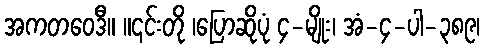
အကတဝေဒီ။ ။၎င်းတို ၊ပြောဆိုပုံ ၄-မျိုး၊ အံ-၄-ပါ-၃၈၉၊